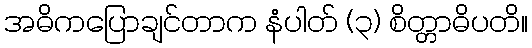
အဓိကပြောချင်တာက နံပါတ် (၃) စိတ္တာဓိပတိ။